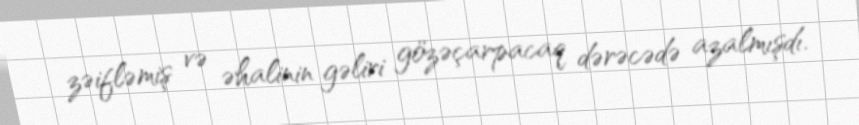
zəifləmiş və əhalinin gəliri gözəçarpacaq dərəcədə azalmışdı.